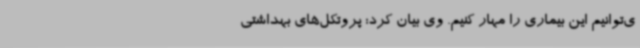
ی‌توانیم این بیماری را مهار کنیم. وی بیان کرد: پروتکل‌های بهداشتی